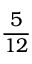
\frac { 5 } { 1 2 }